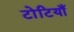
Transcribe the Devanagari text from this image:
टोटियाँ